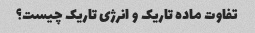
تفاوت ماده تاریک و انرژی تاریک چیست؟